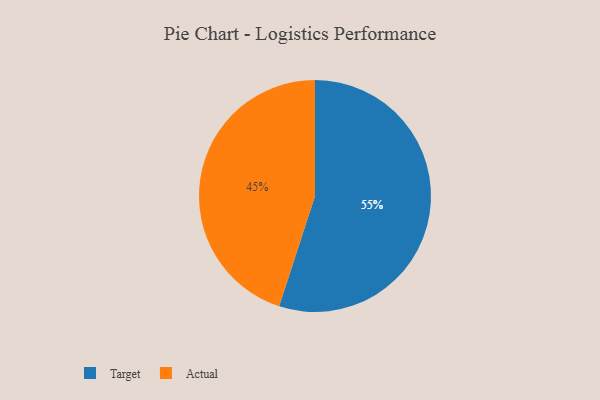
{"axis": {"x": "Category", "y": "Percentage"}, "legend": ["Actual", "Target"], "data": [{"x": "Target", "y": 55, "type": "Target"}, {"x": "Actual", "y": 45, "type": "Actual"}]}